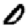
Digit: 0